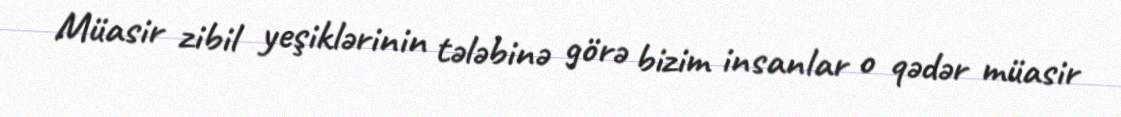
Müasir zibil yeşiklərinin tələbinə görə bizim insanlar o qədər müasir